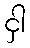
ငှါ